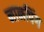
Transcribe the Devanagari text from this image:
नानपिंग